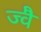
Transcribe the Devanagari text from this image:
ज्‍वै